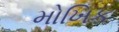
મોખિક